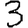
Digit: 3